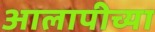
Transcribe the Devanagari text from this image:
आलापीच्या